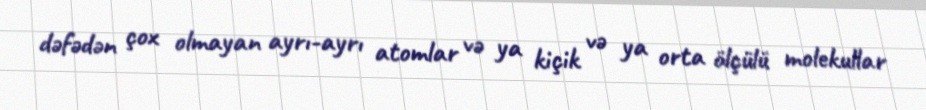
dəfədən çox olmayan ayrı-ayrı atomlar və ya kiçik və ya orta ölçülü molekullar